Civil Veterinary Department. Madras. Admin. report 1926-33 - 1926-1933
Year: 1926
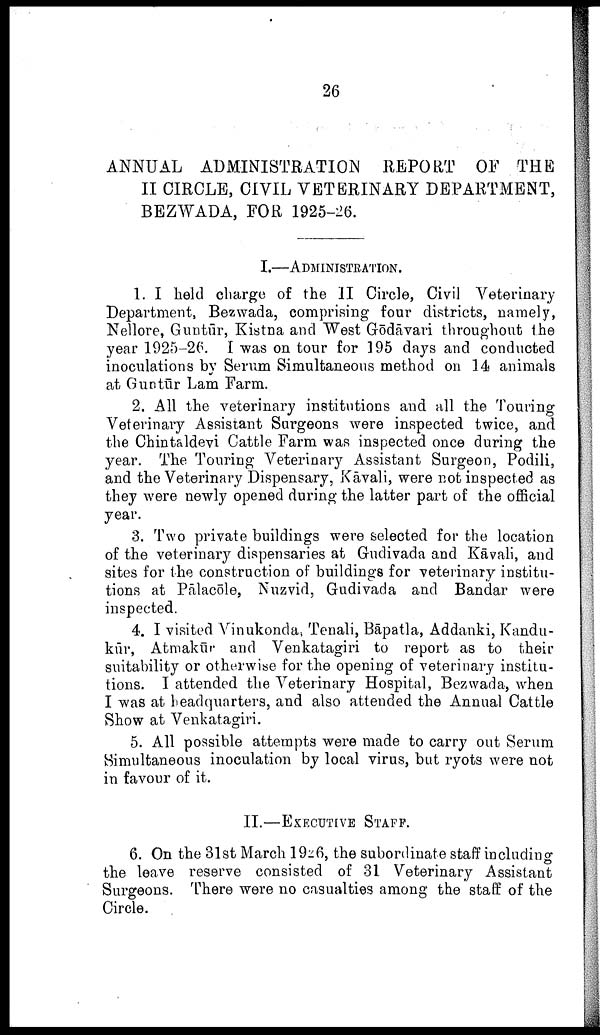
26
ANNUAL ADMINISTRATION
REPORT OF THE
II CIRCLE, CIVIL VETERINARY DEPARTMENT,
BEZWADA, FOR 1925-26.
I.—ADMINISTRATION.
1. I held charge of the II Circle, Civil Veterinary
Department, Bezwada, comprising four districts, namely,
Nellore, Guntūr, Kistna and West Gōdāvari throughout the
year 1925—26. I was on tour for 195 days and conducted
inoculations by Serum Simultaneous method on 14 animals
at Guntūr Lam Farm.
2. All the veterinary institutions and all the Touring
Veterinary Assistant Surgeons were inspected twice, and
the Chintaldevi Cattle Farm was inspected once during the
year. The Touring Veterinary Assistant Surgeon, Podili,
and the Veterinary Dispensary, Kāvali, were not inspected as
they were newly opened during the latter part of the official
year.
3. Two private buildings were selected for the location
of the veterinary dispensaries at Gudivada and Kāvali, and
sites for the construction of buildings for veterinary institu
tions at Pālacōle, Nuzvid, Gudivada and Bandar were
inspected.
4. I visited Vinukonda, Tenali, Bāpatla, Addanki, Kandu-
kūr, Atmakūr and Venkatagiri to report as to their
suitability or otherwise for the opening of veterinary institu
tions. I attended the Veterinary Hospital, Bezwada, when
I was at headquarters, and also attended the Annual Cattle
Show at Venkatagiri.
5. All possible attempts were made to carry out Serum
Simultaneous inoculation by local virus, but ryots were not
in favour of it.
II.—EXECUTIVE STAFF.
6. On the 31st March 1926, the subordinate staff including
the leave reserve consisted of 31 Veterinary Assistant
Surgeons. There were no casualties among the staff of the
Circle.